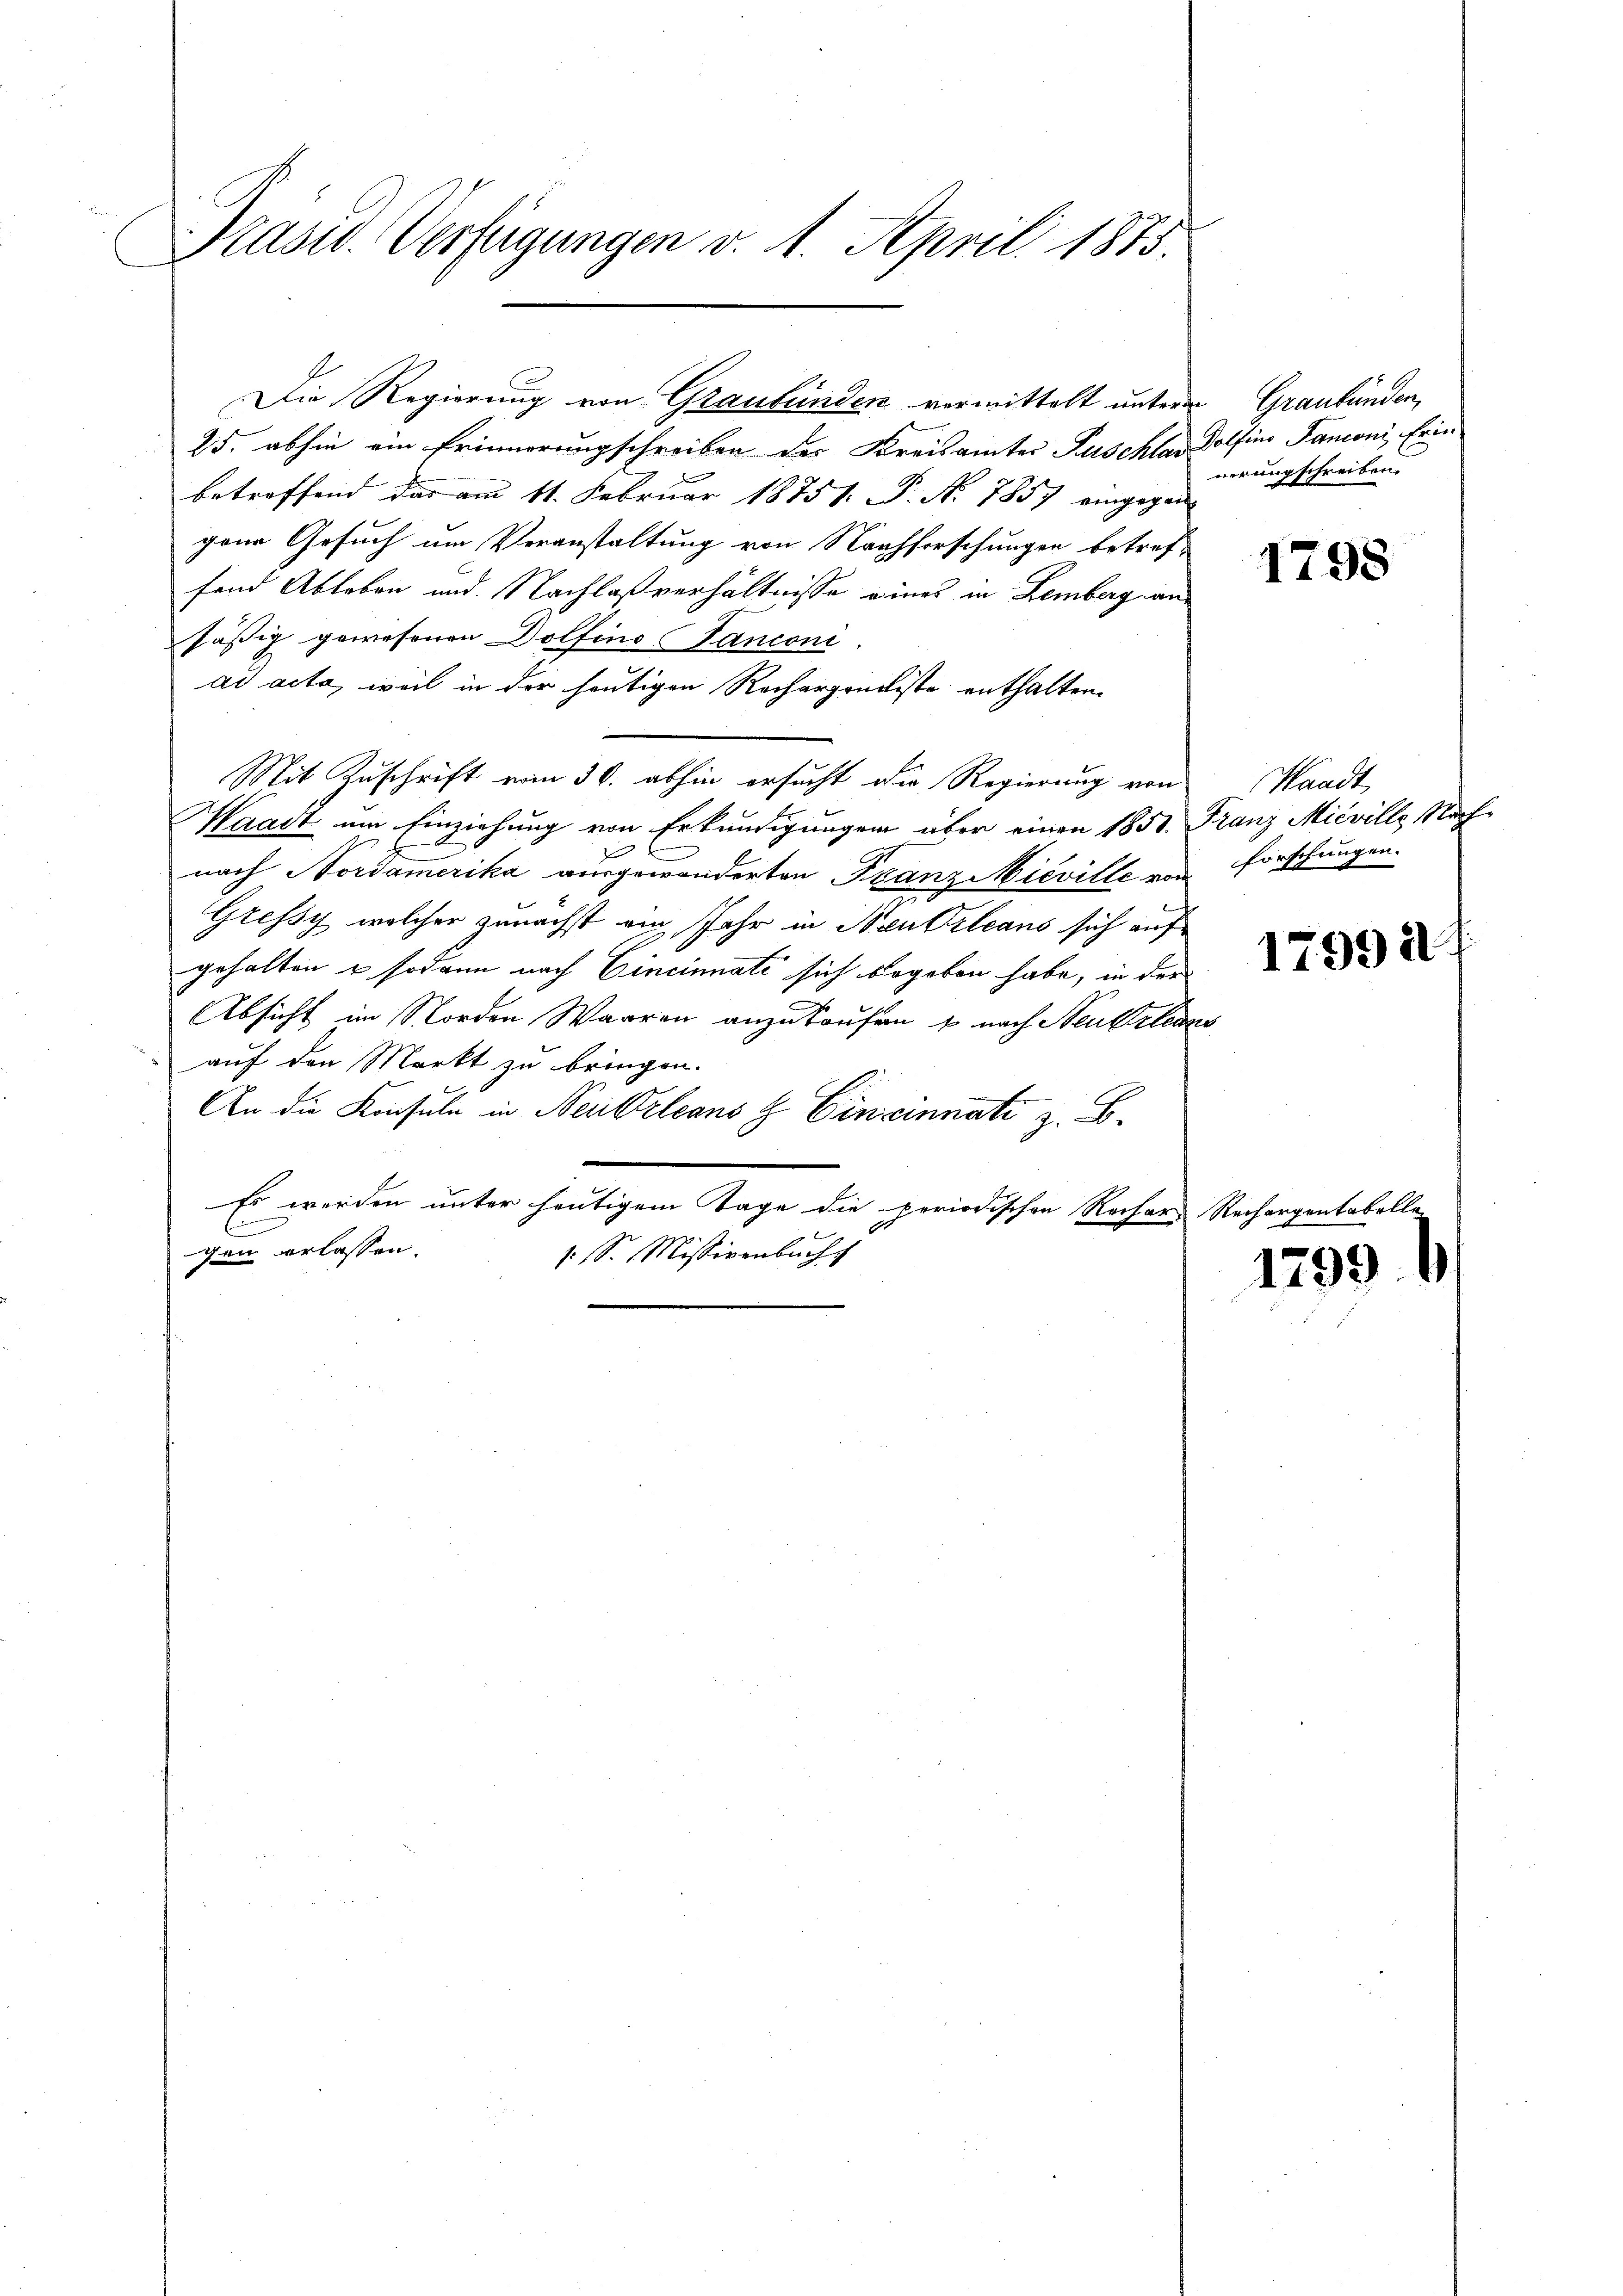
Präsid. Verfügungen v. 4. April 1875.

Die Regierung von Graubünden vormittelt unterm Graubünden,
25. abhin ein Erinnerungschreiben der Kreisamter Puschler Dolfino Panconi, Erin
betreffend das am 11. Februar 18751. P. Nr. 7857 eingegen
gene Gesuch um Veranstaltung von Nachforschungen betref-
fend Ableben und Nachlaßverhältnisse eines in Lemberg anfässig gewesenen Dolfino anconi
ad acta, weil in der heutigen Recharpondiste enthalten.
Mit Zuschrift vom 30. abhin ersucht die Regierung von
Waadt um Einziehung von Erkundigungen über einen 1850. Franz Micville, Nachnach Nordamerika ausgewanderten Franz Micville von Forschungen.
Gressy welcher zunächst ein Jahr in Neu Orleans sich auf
gehalten & sodann nach Eincinati sich begeben habe, in der
Absicht im Norden Waaren anzukaufen u nach Neukrleans
auf den Markt zu bringen.
An die Konsule in Neubeleans H Cincinnati z. B.
Es werden unter heutigem Tage die periodischen Recher Rechargentabelle
E
gen erlassen.
1 S. Missivenbuchs

nerungschreiben.

1798

Waadt,

1799

1799